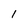
Character: 1